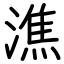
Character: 潐